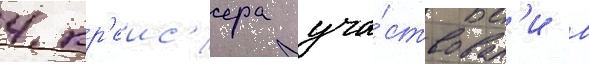
4 кр'еис'ера уча́ствовал'и в